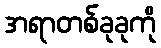
အရာတစ်ခုခုကို